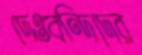
দেওবন্দিদের